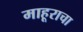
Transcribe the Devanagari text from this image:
माहूराचा